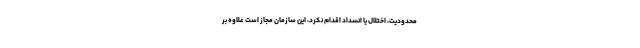
محدودیت، اختلال یا انسداد اقدام نکرد، این سازمان مجاز است علاوه بر